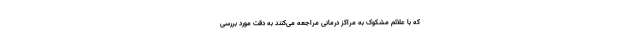
که با علائم مشکوک به مراکز درمانی مراجعه می‌کنند به دقت مورد بررسی